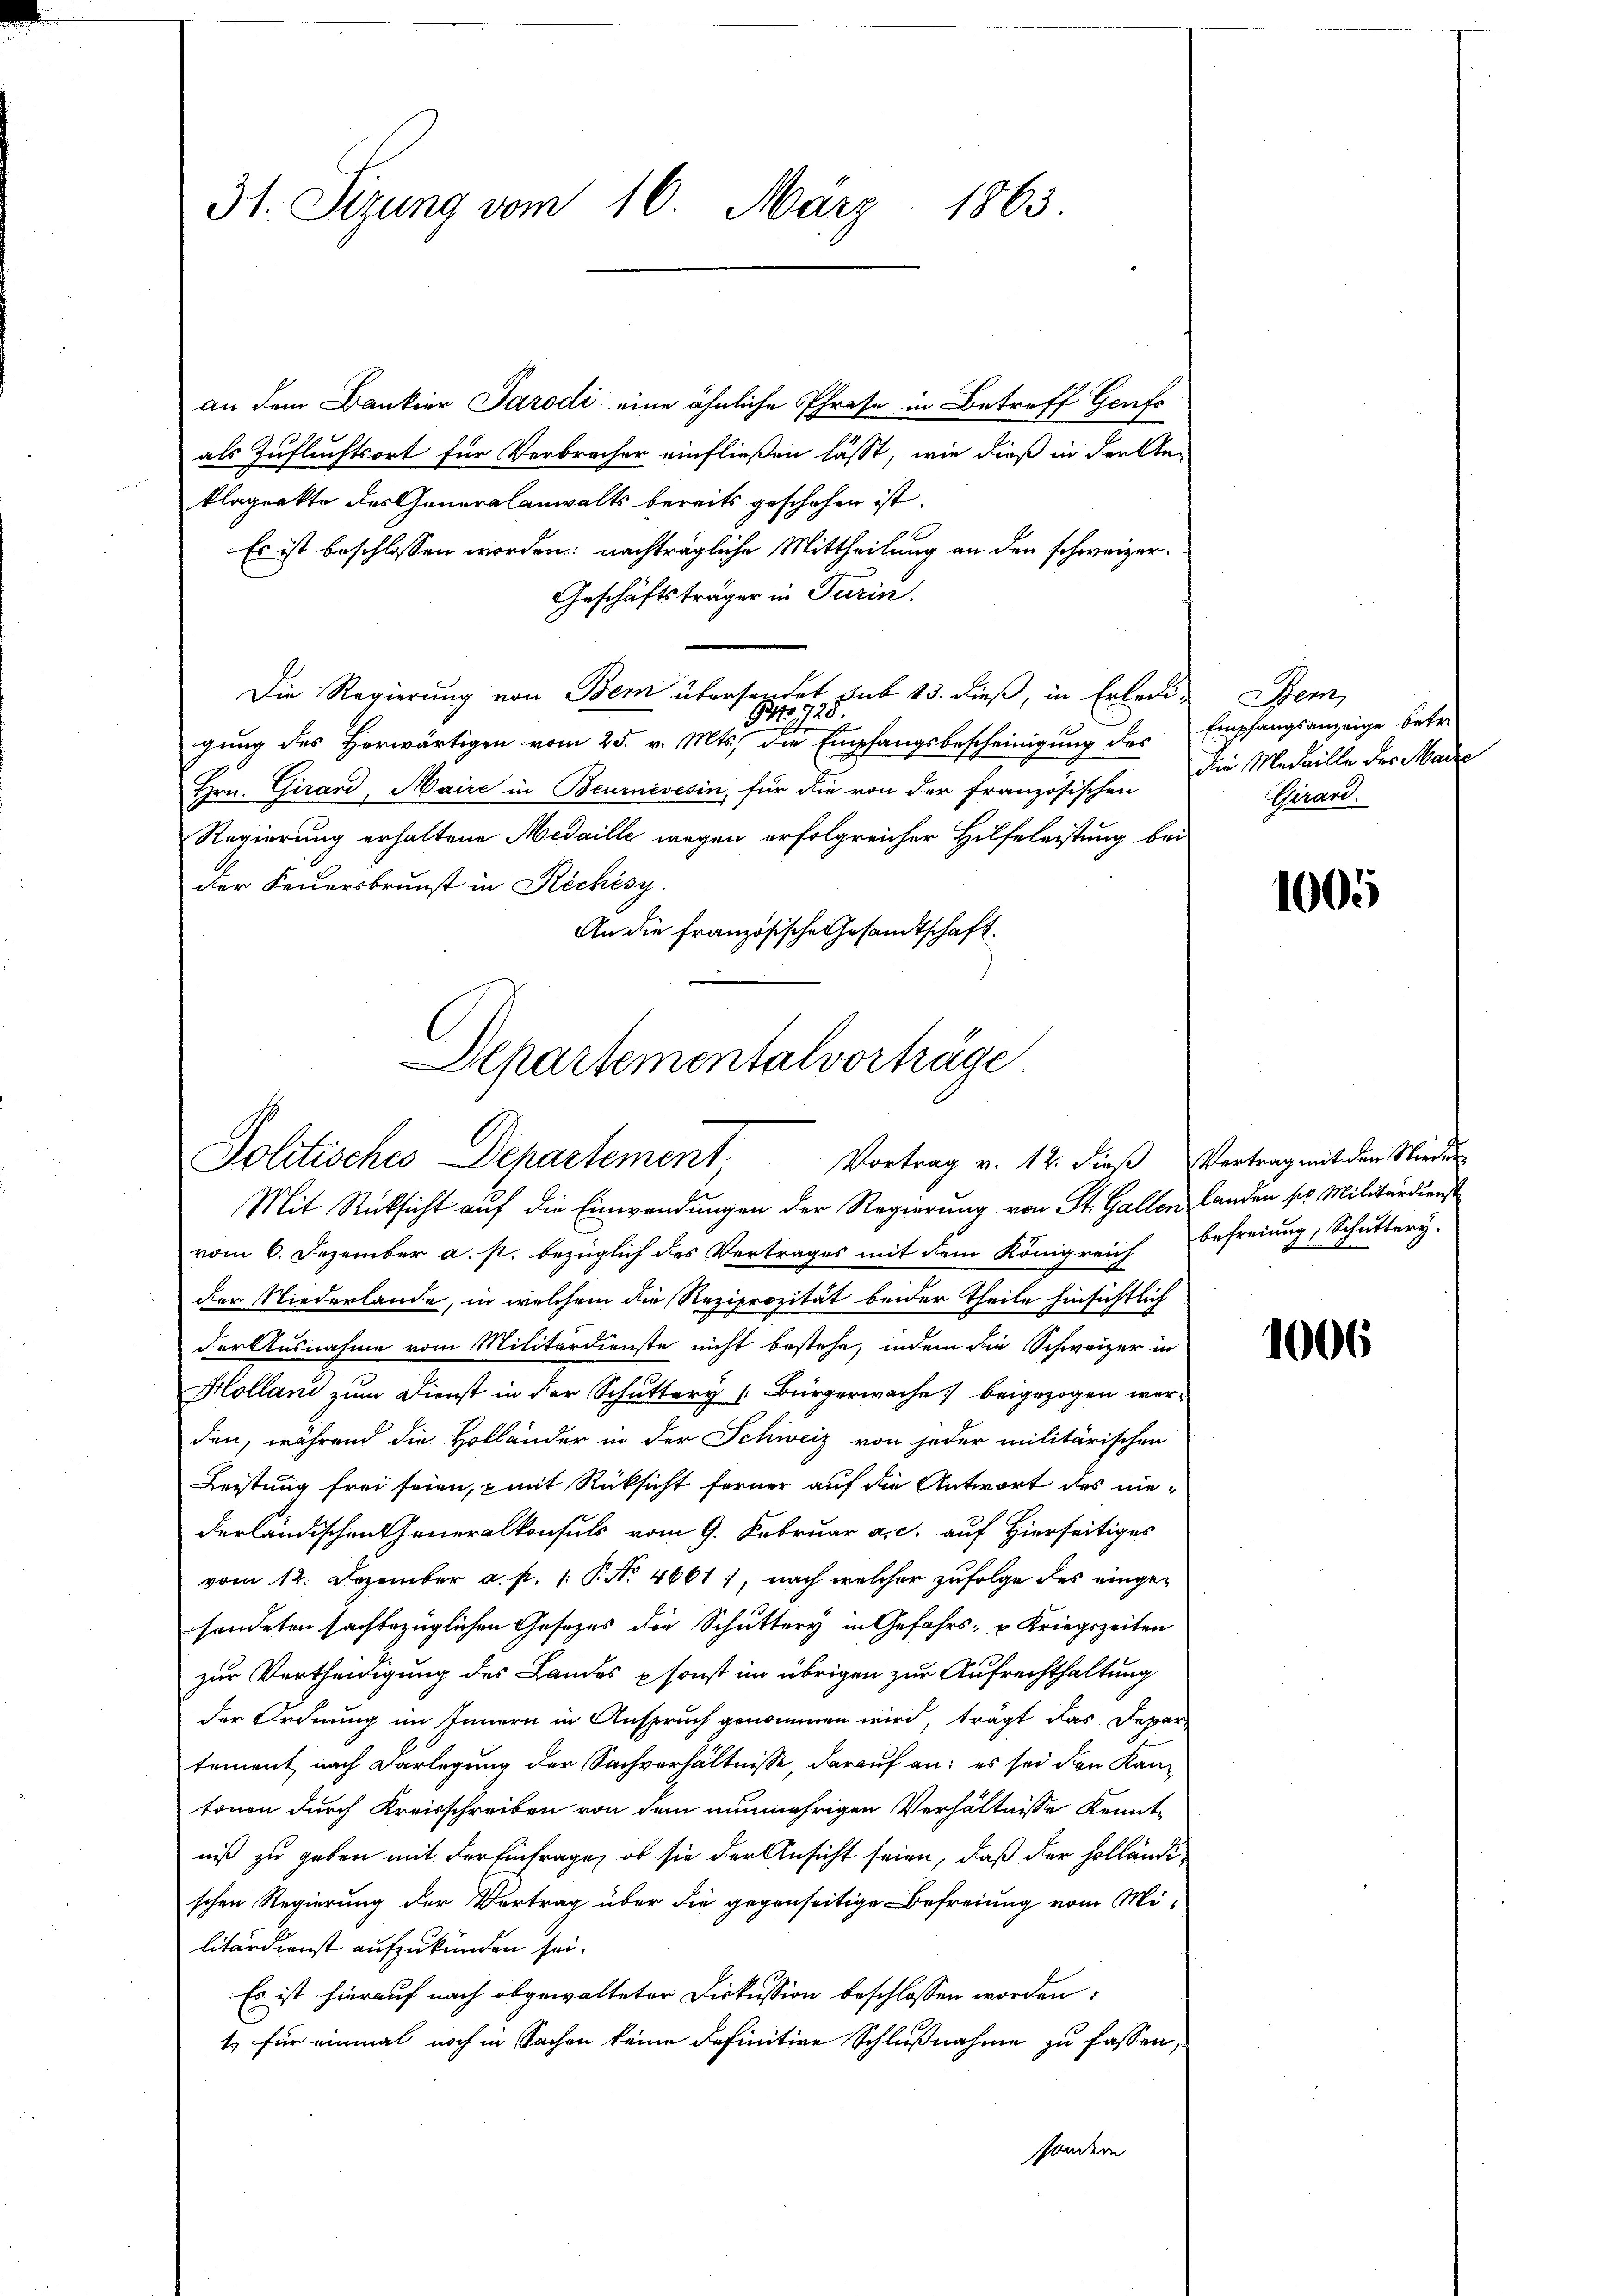
31. Sizung vom 16. März 1865.

an dem Bankier Parodi eine ähnliche Phrase in Betreff Genfs
als Zufluchtsort für Verbrecher einfließen lässt, wie dieß in der Anklageakte des Generalanwalts bereits geschehen ist.
Es ist beschlossen worden nachträgliche Mittheilung an den schweizer¬
Geschäftsträger in Turin.
Die Regierung von Bern übersendet sub 13. dieß, in Erledi¬
Nr. 725.
gung des Herwärtigen vom 25. v. Mts. die Empfangsbescheinigung des
Hrn. Girard, Maire in Beurnévesin, für die von der französischen
Regierung erhaltene Medaille wegen erfolgreicher Hilfeleistung bei
Der Feuersbrunst in Rechèsy.
An die französische Gesandtschaft.

Alpartementalvorträge
Politisches Departement
Vortrag v. 12. dieß Vertrag mit den Nieder

Mit Rücksicht auf die Einwendungen der Regierung von St. Gallen Landen so. Militärdienst
vom 6. Dezember a. p. bezüglich des Vertrages mit dem Königreich befreiung, Schŭttery.
der Niederlande, in welchem die Reziprozität beider Theile hinsichtlich
der Ausnahme vom Militärdienste nicht bestehe, indem die Schweizer in
Holland zum Dienst in der Schuttery [Bürgerwache beigezogen wer-
den, während die Holländer in der Schweiz von jeder militärischen
Leistung frei seien, mit Rücksicht ferner auf die Antwort des nie-
derländischen Generalkonsuls vom 9. Februar a.c. auf Hierseitiges
vom 12. Dezember a. p. 1. P. Nr. 4661, nach welcher zufolge des eingesondeten sachbezüglichen Gesezes die Schuttery in Gefahrs- u Kriegszeiten
zur Vertheidigung des Landes sonst im übrigen zur Aufrechthaltung
der Ordnung im Innern in Anspruch genommen wird, trägt das Depar-
tement nach Darlegung der Sachverhältnisse, darauf an: es sei den Kantonen durch Kreisschreiben von dem nunmehrigen Verhältnisse kenntniß zu geben mit der Einfrage, ob sie der Ansicht seien, daß der Holländischen Regierung der Vertrag über die gegenseitige Befreiung vom Militärdienst aufzukünden sei.
Es ist hierauf nach abgewalteter Diskussion beschlossen worden:
t für einmal noch in Sachen keine definitive Schlußnahme zu fassen,
ssondern

Sem,
Empfangsanzeige betredie Medaille des Maire
Girard.

1005

1006